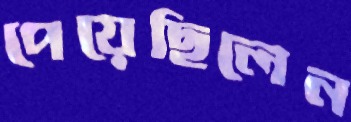
পেয়েছিলেন